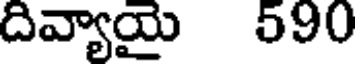
దివ్యాయై 590